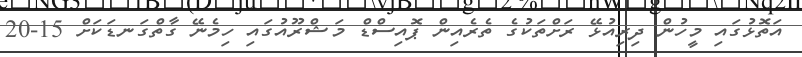
އަތޮޅުގައި މީހުން ދިރިއުޅޭ ރަށްތަކުގެ ތެރެއިން ޕޮއިސްޑް މަޝްރޫއުގައި ހިމެނޭ ގާތްގަނޑަކަށް 15-20